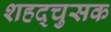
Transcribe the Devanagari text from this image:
शहद्चुसक